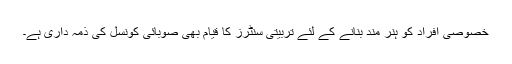
خصوصی افراد کو ہنر مند بنانے کے لئے تربیتی سنٹرز کا قیام بھی صوبائی کونسل کی ذمہ داری ہے۔